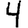
Digit: 4